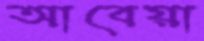
আবেয়া